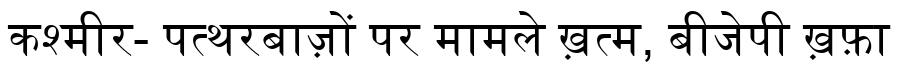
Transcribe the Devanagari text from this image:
कश्मीर- पत्थरबाज़ों पर मामले ख़त्म, बीजेपी ख़फ़ा